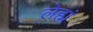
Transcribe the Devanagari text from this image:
लेह्मं